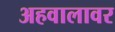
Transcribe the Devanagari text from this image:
अहवालावर